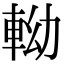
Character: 軪